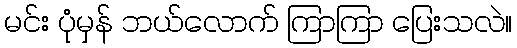
မင်း ပုံမှန် ဘယ်လောက် ကြာကြာ ပြေးသလဲ။